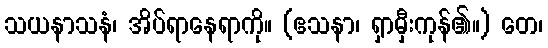
သယနာသနံ၊ အိပ်ရာနေရာကို။ (ဧသနာ၊ ရှာမှီးကုန်၏။) တေ၊